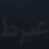
عيرط